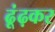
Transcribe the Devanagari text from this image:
ढूंढ़कर